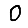
Digit: 0